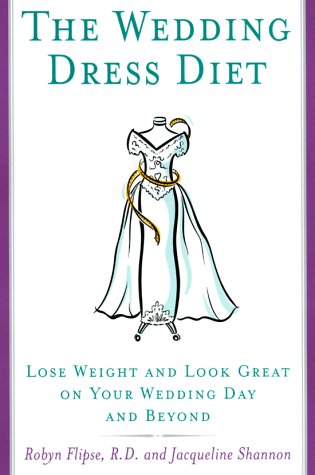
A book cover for The Wedding Dress Diet; Robyn Flipse R.D.; Crafts, Hobbies & Home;